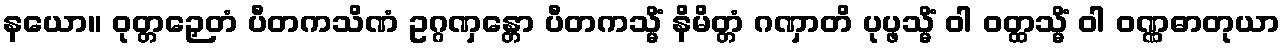
နယော။ ဝုတ္တဉှေတံ ပီတကသိဏံ ဥဂ္ဂဏှန္တော ပီတကသ္မိံ နိမိတ္တံ ဂဏှာတိ ပုပ္ဖသ္မိံ ဝါ ဝတ္ထသ္မိံ ဝါ ဝဏ္ဏဓာတုယာ